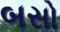
બસો